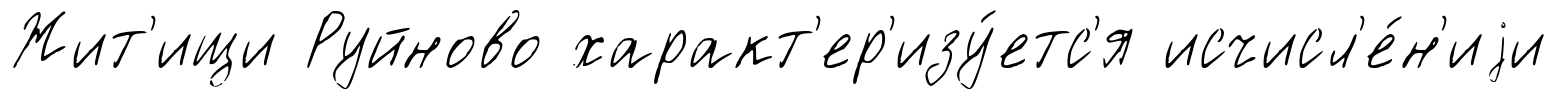
Жит'ищи Руйново характ'ер'изу́етс'я исчисл'е́н'иjи